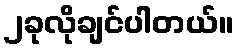
၂ခုလိုချင်ပါတယ်။